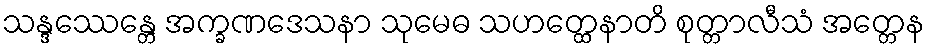
သန္ဒဿေန္တေ အက္ခဏဒေသနာ သုမေဓ သဟတ္ထေနာတိ စုတ္တာလီသံ အတ္တေန